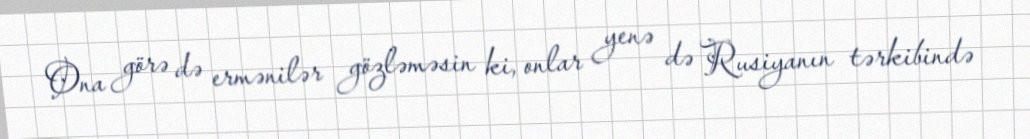
Ona görə də ermənilər gözləməsin ki, onlar yenə də Rusiyanın tərkibində